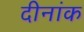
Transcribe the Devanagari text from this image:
दीनांक